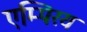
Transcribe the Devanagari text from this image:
एम्पिरय